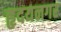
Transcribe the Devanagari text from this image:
हृदयनगर